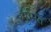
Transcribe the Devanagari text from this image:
भुमित